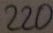
Text: 220